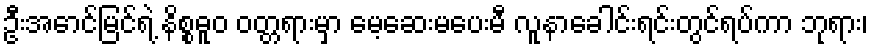
ဦးအောင်မြင်ရဲ့ နိစ္စဓူဝ ဝတ္တရားမှာ မေ့ဆေးမပေးမီ လူနာခေါင်းရင်းတွင်ရပ်ကာ ဘုရား၊